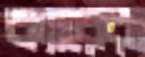
ক্যারেরা